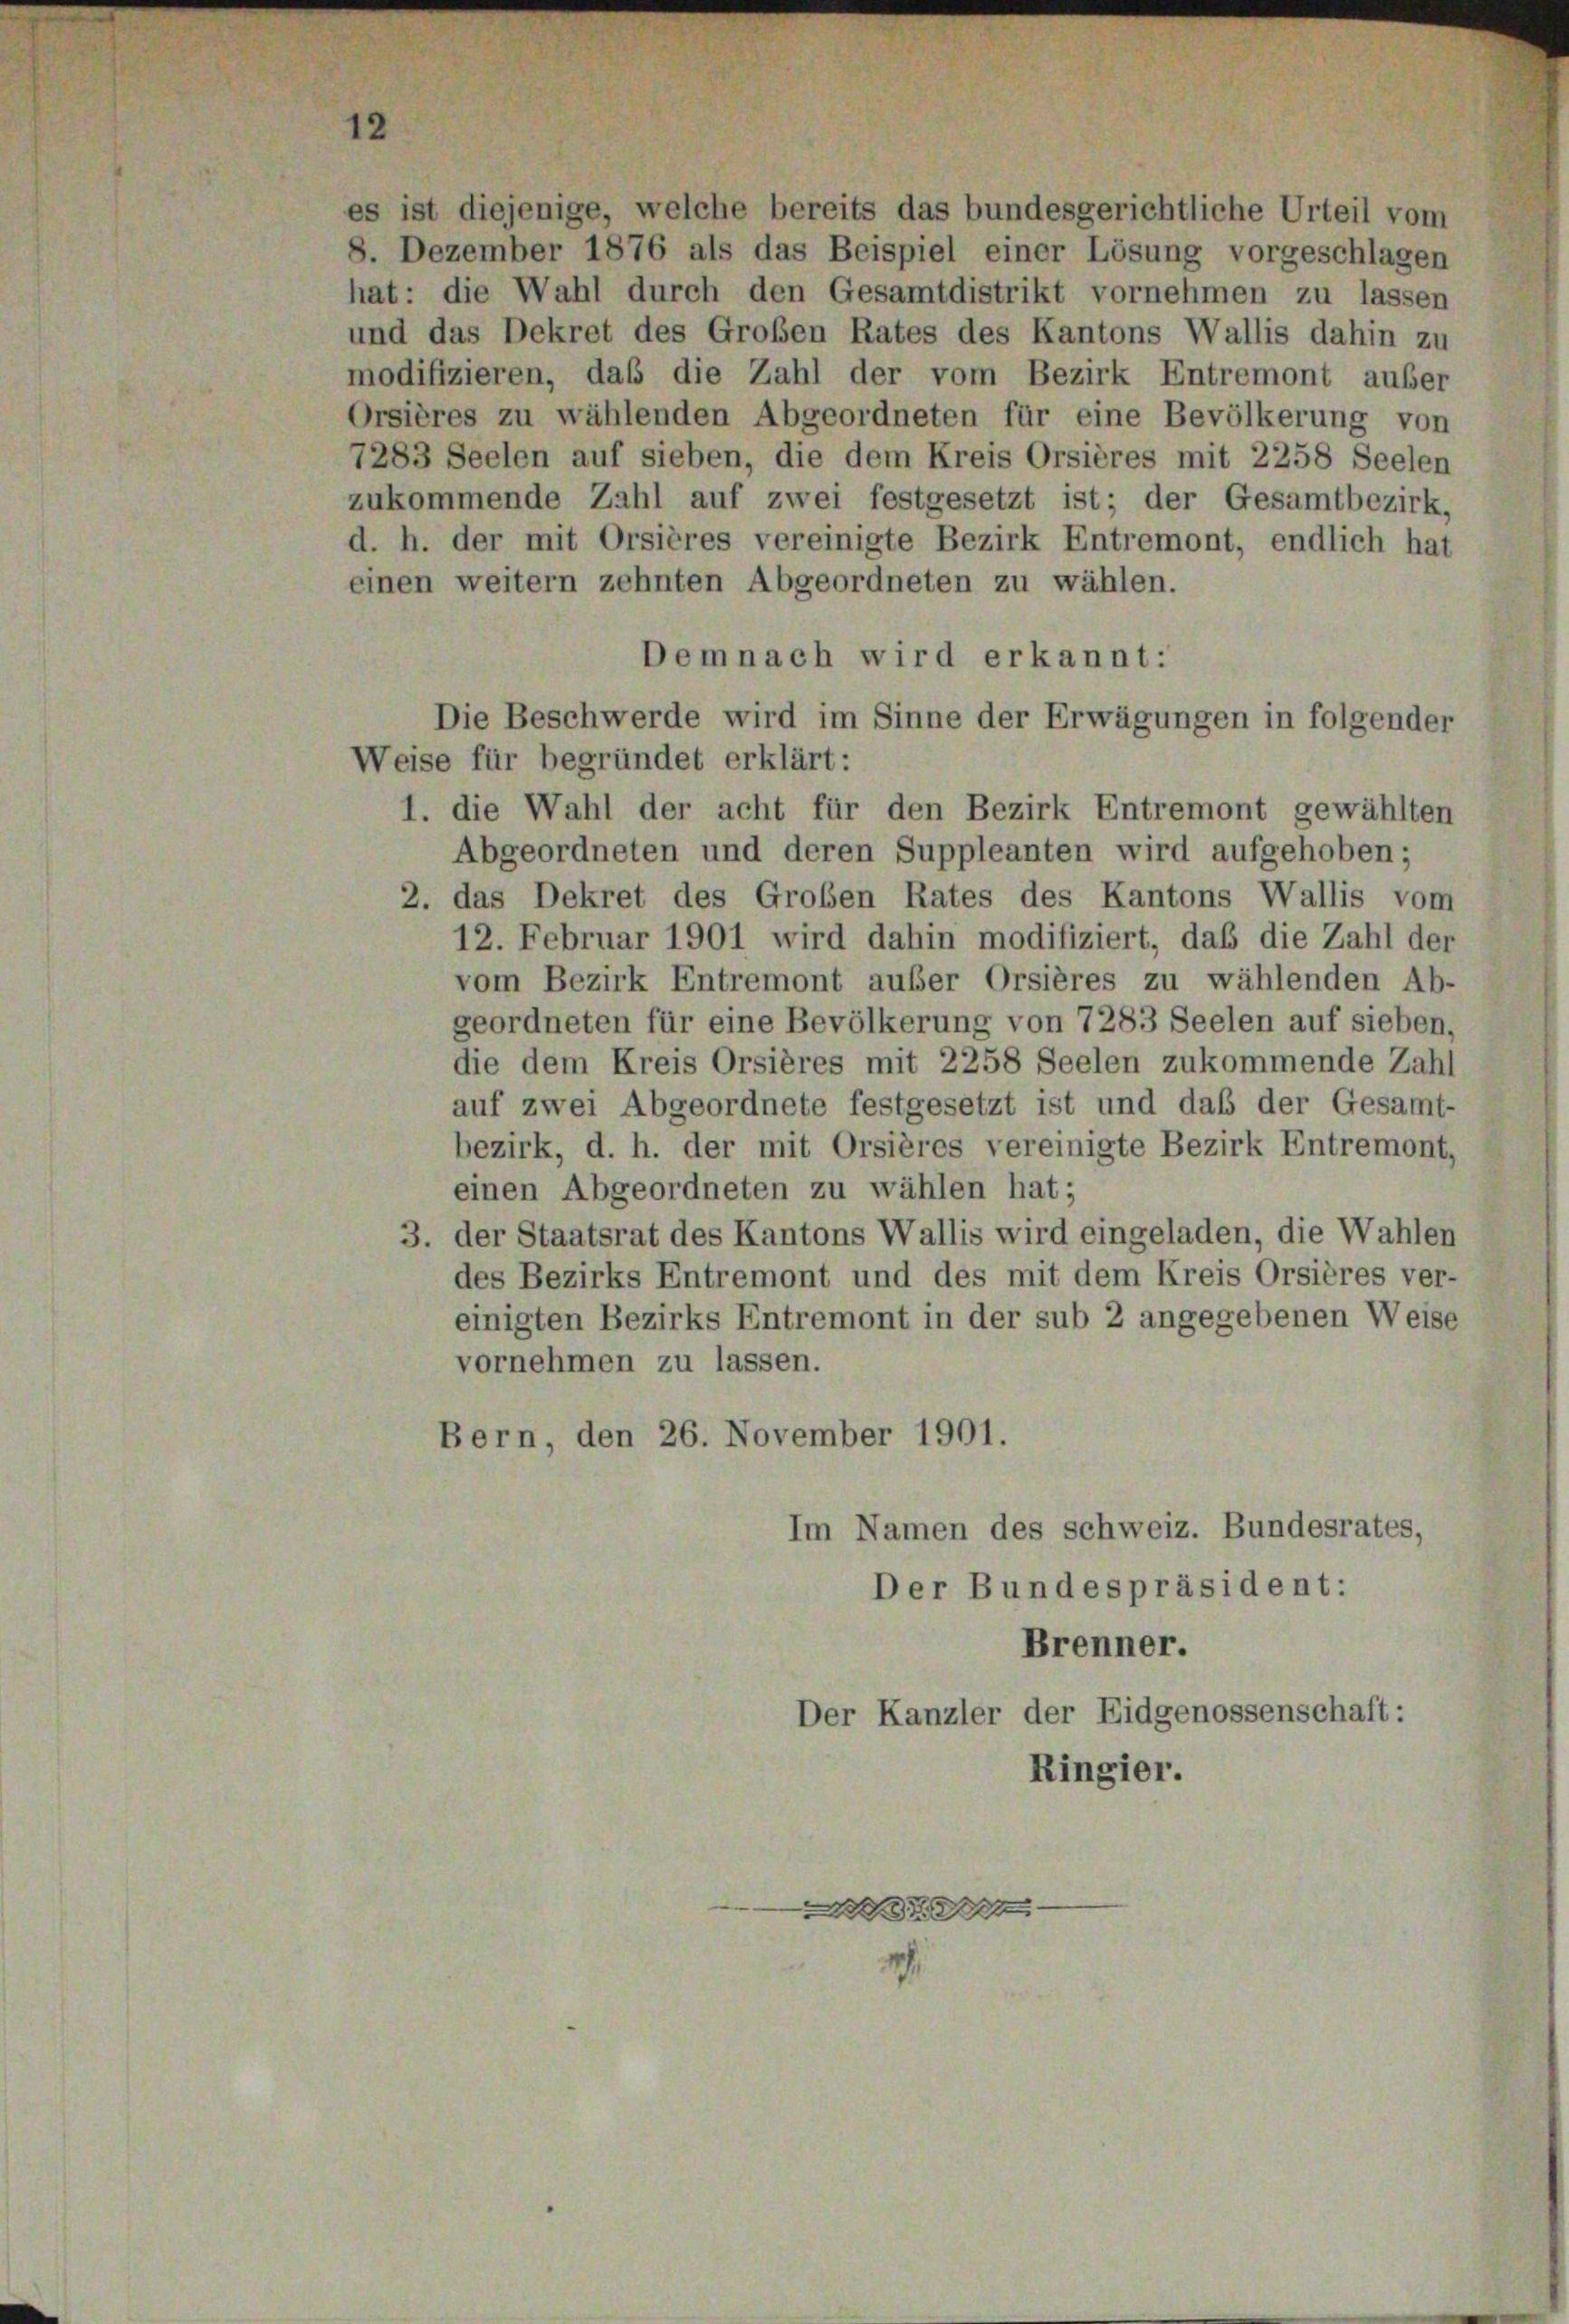
es ist diejenige, welche bereits das bundesgerichtliche Urteil vom
8. Dezember 1876 als das Beispiel einer Lösung vorgeschlagen
hat: die Wahl durch den Gesamtdistrikt vornehmen zu lassen
und das Dekret des Großen Rates des Kantons Wallis dahin zu
modifizieren, daß die Zahl der vom Bezirk Entremont außer
Orsières zu wählenden Abgeordneten für eine Bevölkerung von
7283 Seelen auf sieben, die dem Kreis Orsières mit 2258 Seelen
zukommende Zahl auf zwei festgesetzt ist; der Gesamtbezirk,
d. h. der mit Orsières vereinigte Bezirk Entremont, endlich hat
einen weitern zehnten Abgeordneten zu wählen.

Demnach wird erkannt:
Die Beschwerde wird im Sinne der Erwägungen in folgender
Weise für begründet erklärt:
1. die Wahl der acht für den Bezirk Entremont gewählten
Abgeordneten und deren Suppleanten wird aufgehoben;
2. das Dekret des Großen Rates des Kantons Wallis vom
12. Februar 1901 wird dahin modifiziert, daß die Zahl der
vom Bezirk Entremont außer Orsières zu wählenden Ab-
geordneten für eine Bevölkerung von 7283 Seelen auf sieben,
die dem Kreis Orsières mit 2258 Seelen zukommende Zahl
auf zwei Abgeordnete festgesetzt ist und daß der Gesamt-
bezirk, d. h. der mit Orsières vereinigte Bezirk Entremont,
einen Abgeordneten zu wählen hat;
3. der Staatsrat des Kantons Wallis wird eingeladen, die Wahlen
des Bezirks Entremont und des mit dem Kreis Orsières ver-
einigten Bezirks Entremont in der sub 2 angegebenen Weise
vornehmen zu lassen.
Bern, den 26. November 1901.
Im Namen des schweiz. Bundesrates,
Der Bundespräsident:
Brenner.
Der Kanzler der Eidgenossenschaft:
Ringier.

wis

s